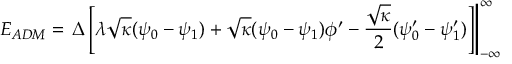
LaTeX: E _ { A D M } = \left. { \Delta } \left[ { \lambda } \sqrt { \kappa } ( { \psi } _ { 0 } - { \psi } _ { 1 } ) + \sqrt { \kappa } ( { \psi } _ { 0 } - { \psi } _ { 1 } ) { \phi } ^ { \prime } - \frac { \sqrt { \kappa } } { 2 } ( { \psi } _ { 0 } ^ { \prime } - { \psi } _ { 1 } ^ { \prime } ) \right] \right| _ { - \infty } ^ { \infty }